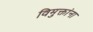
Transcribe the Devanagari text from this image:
विमुक्तांना